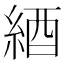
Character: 綇